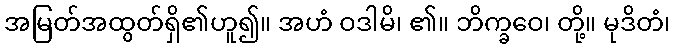
အမြတ်အထွတ်ရှိ၏ဟူ၍။ အဟံ ဝဒါမိ၊ ၏။ ဘိက္ခဝေ၊ တို့။ မုဒိတံ၊